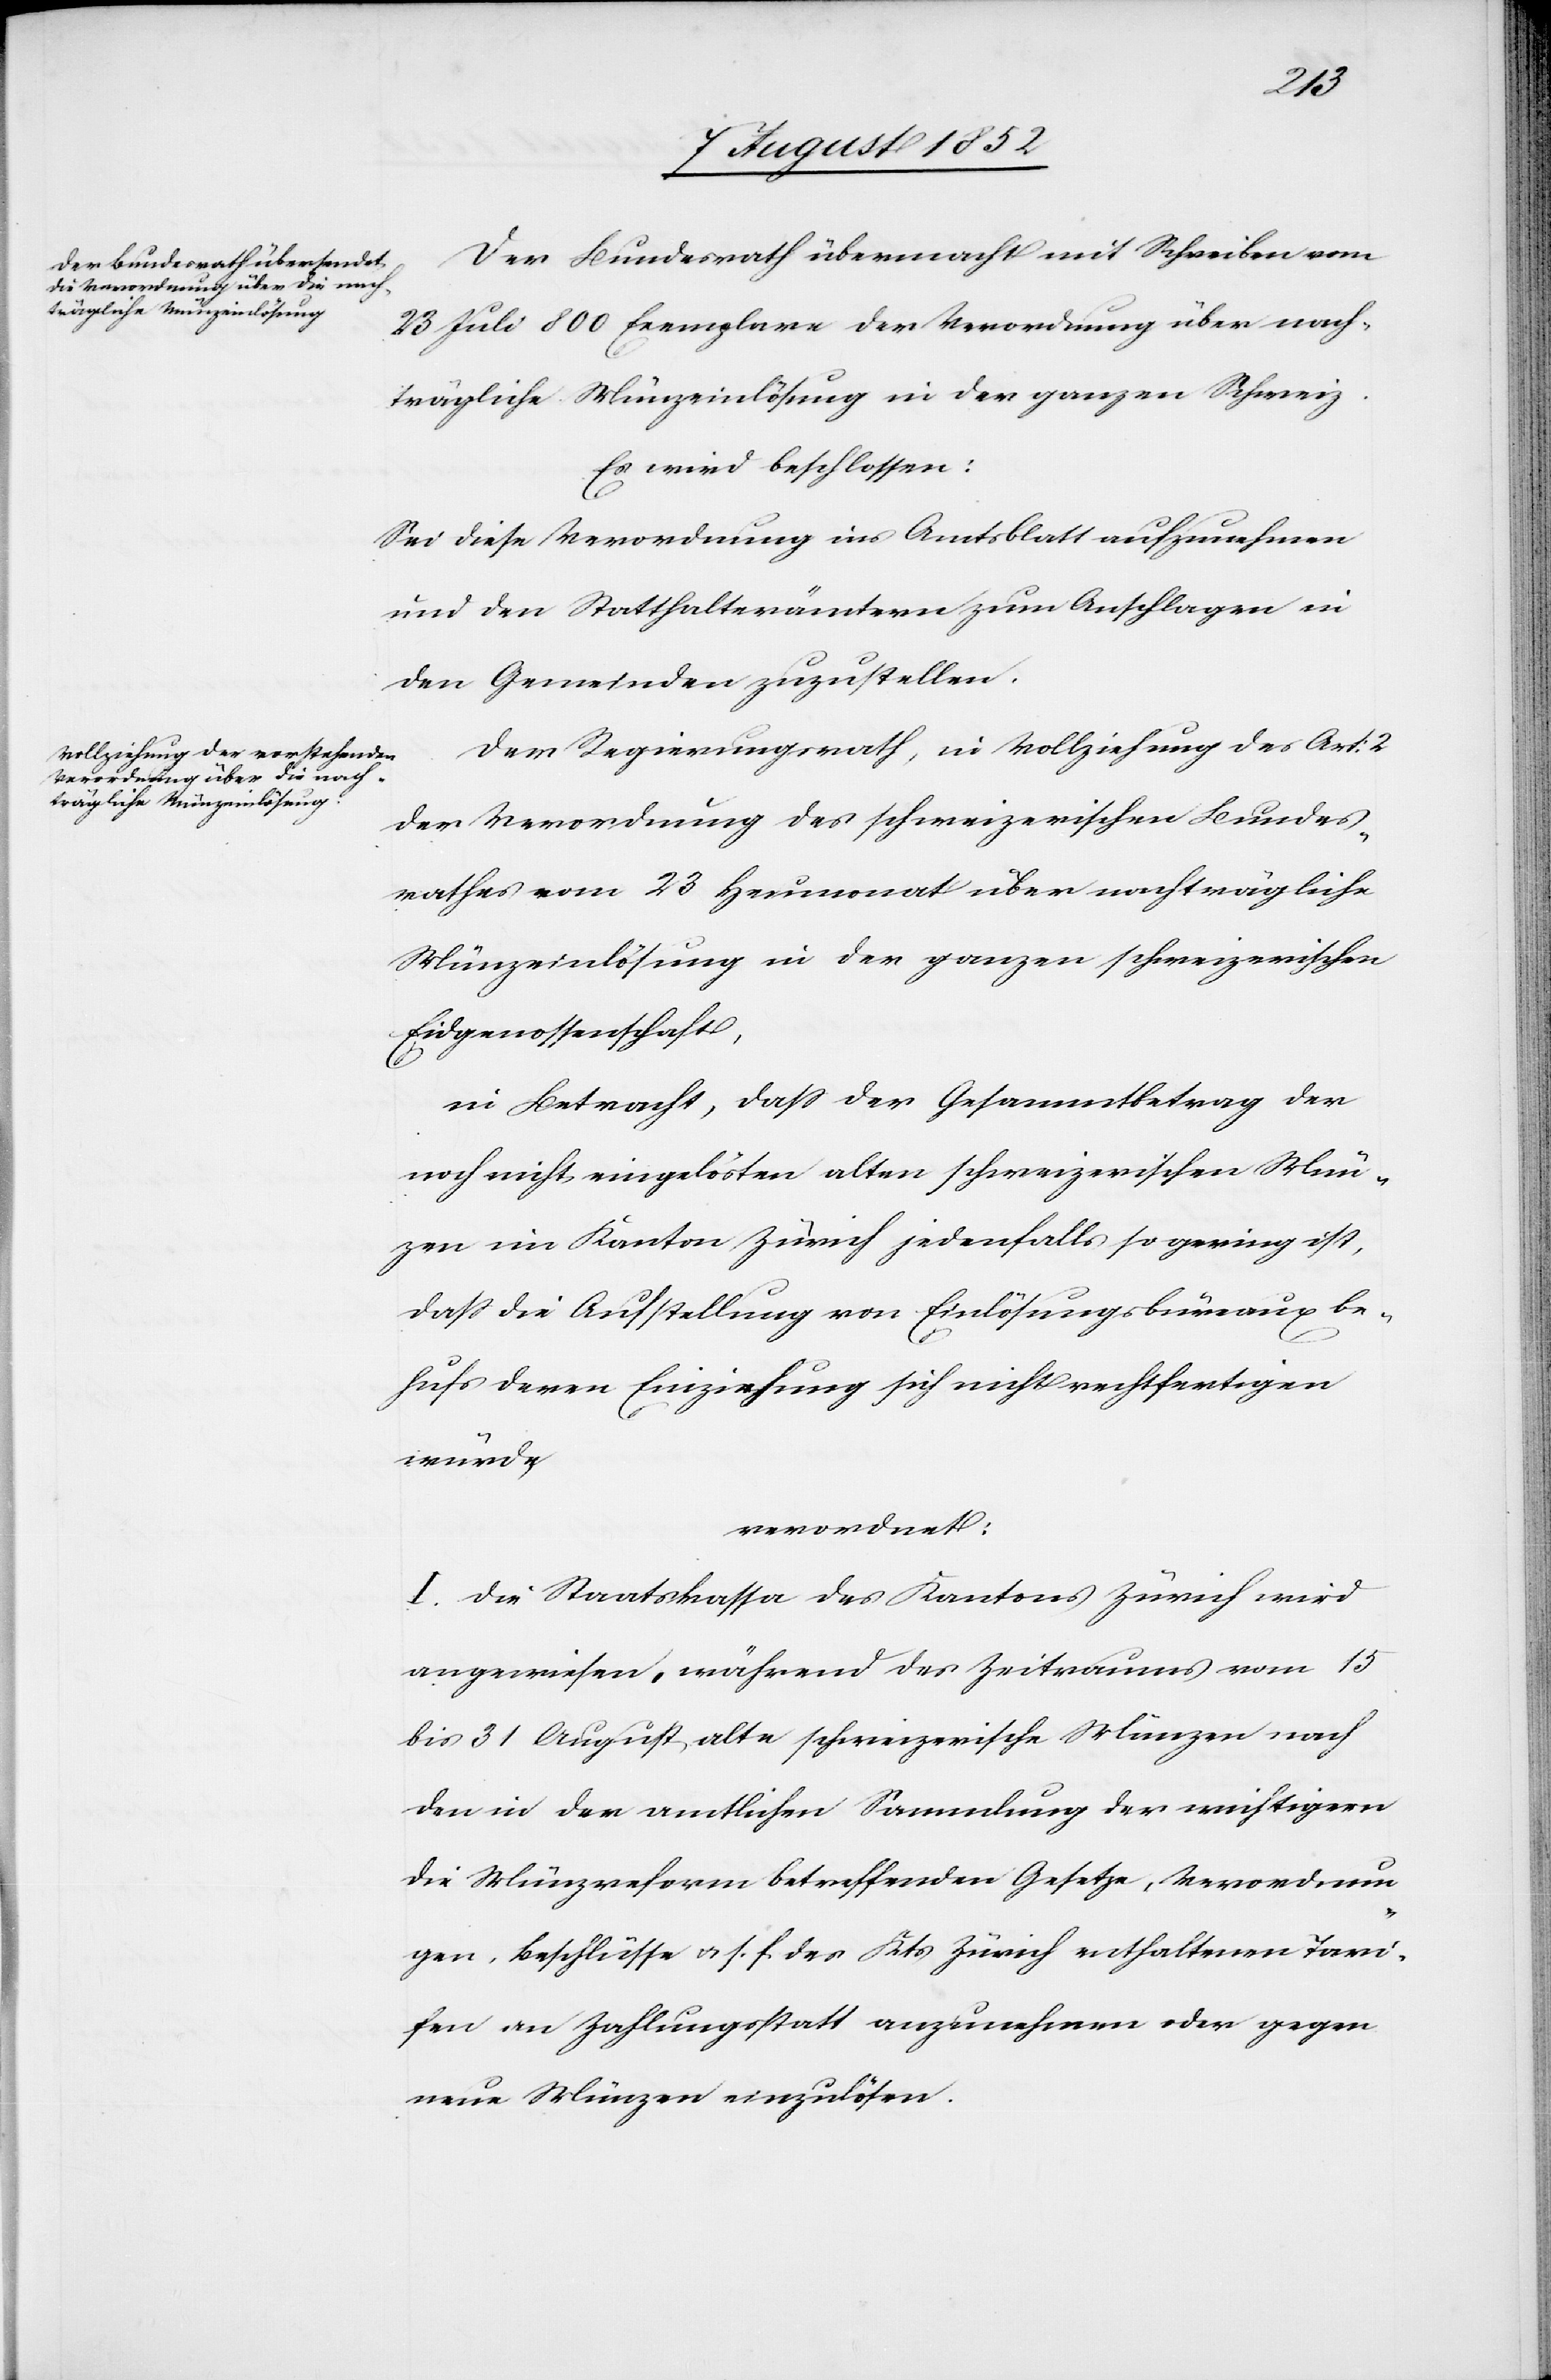
Der Bundesrath übermacht mit Schreiben vom
23 Juli 800 Exemplare der Verordnung über nach¬
trägliche Münzeinlösung in der ganzen Schweiz.
Es wird beschlossen:
Sei diese Verordnung ins Amtsblatt aufzunehmen
und den Statthalterämtern zum Anschlagen in
den Gemeinden zuzustellen.
Der Regierungsrath, in Vollziehung des Art: 2
der Verordnung des schweizerischen Bundes¬
rathes vom 23 Heumonat über nachträgliche
Münzeinlösung in der ganzen schweizerischen
Eidgenossenschaft,
in Betracht, dass der Gesammtbetrag der
noch nicht eingelösten alten schweizerischen Mün¬
zen im Kanton Zürich jedenfalls so gering ist,
dass die Aufstellung von Einlösungsbüreaux be¬
hufs deren Einziehung sich nicht rechtfertigen
würde,
verordnet:
1.] Die Staatskassa des Kantons Zürich wird
angewiesen, während des Zeitraums vom 15
bis 31 August alte schweizerische Münzen nach
den in der amtlichen Sammlung der wichtigern
die Münzreform betreffenden Gesetze, Verordnun¬
gen, Beschlüsse & s. f. des Kts Zürich enthaltenen Tari¬
fen an Zahlungsstatt anzunehmen oder gegen
neue Münzen einzulösen.